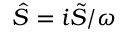
\hat { S } = i \Tilde { S } / \omega